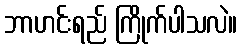
ဘာဟင်းရည် ကြိုက်ပါသလဲ။